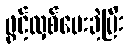
ဖွင့်လှစ်ပေးခဲ့ပြီး